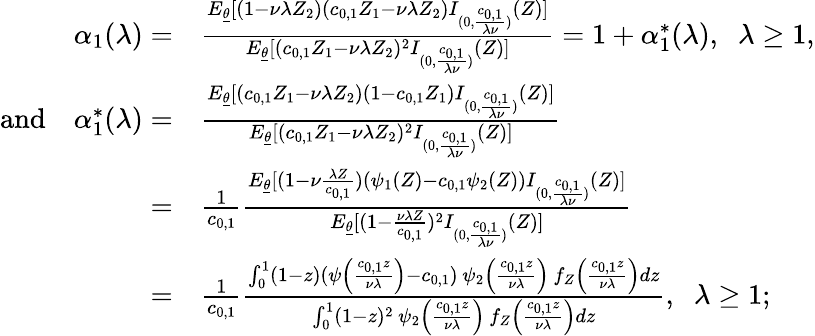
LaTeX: \begin{array}{rl}{\alpha_{1}(\lambda)=}&{\frac{E_{\underline{{\theta}}}[(1-\nu\lambda Z_{2})(c_{0,1}Z_{1}-\nu\lambda Z_{2})I_{(0,\frac{c_{0,1}}{\lambda\nu})}(Z)]}{E_{\underline{{\theta}}}[(c_{0,1}Z_{1}-\nu\lambda Z_{2})^{2}I_{(0,\frac{c_{0,1}}{\lambda\nu})}(Z)]}=1+\alpha_{1}^{*}(\lambda),\; \; \lambda\geq 1,}\\ {\mathrm{and}\quad\alpha_{1}^{*}(\lambda)=}&{\frac{E_{\underline{{\theta}}}[(c_{0,1}Z_{1}-\nu\lambda Z_{2})(1-c_{0,1}Z_{1})I_{(0,\frac{c_{0,1}}{\lambda\nu})}(Z)]}{E_{\underline{{\theta}}}[(c_{0,1}Z_{1}-\nu\lambda Z_{2})^{2}I_{(0,\frac{c_{0,1}}{\lambda\nu})}(Z)]}}\\ {=}&{\frac{1}{c_{0,1}}\frac{E_{\underline{{\theta}}}[(1-\nu\frac{\lambda Z}{c_{0,1}})(\psi_{1}(Z)-c_{0,1}\psi_{2}(Z))I_{(0,\frac{c_{0,1}}{\lambda\nu})}(Z)]}{E_{\underline{{\theta}}}[(1-\frac{\nu\lambda Z}{c_{0,1}})^{2}I_{(0,\frac{c_{0,1}}{\lambda\nu})}(Z)]}}\\ {=}&{\frac{1}{c_{0,1}}\frac{\int_{0}^{1}(1-z)(\psi\left(\frac{c_{0,1}z}{\nu\lambda}\right)-c_{0,1})\, \psi_{2}\left(\frac{c_{0,1}z}{\nu\lambda}\right)\, f_{Z}\left(\frac{c_{0,1}z}{\nu\lambda}\right)dz}{\int_{0}^{1}(1-z)^{2}\, \psi_{2}\left(\frac{c_{0,1}z}{\nu\lambda}\right)\, f_{Z}\left(\frac{c_{0,1}z}{\nu\lambda}\right)dz},\; \; \lambda\geq 1;}\end{array}